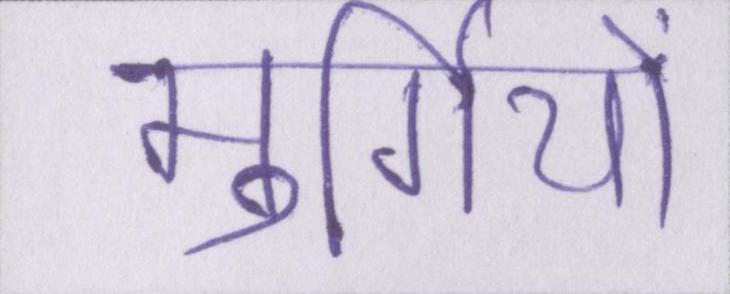
मुर्गियों